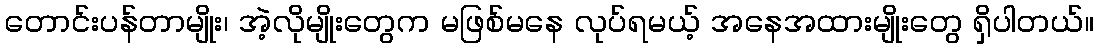
တောင်းပန်တာမျိုး၊ အဲ့လိုမျိုးတွေက မဖြစ်မနေ လုပ်ရမယ့် အနေအထားမျိုးတွေ ရှိပါတယ်။